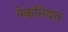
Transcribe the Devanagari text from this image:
नेकनियत